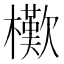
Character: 𣞔